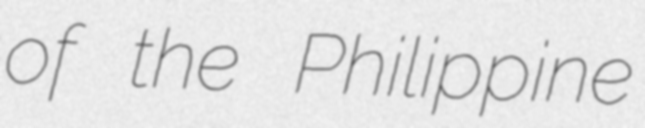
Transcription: of the Philippine